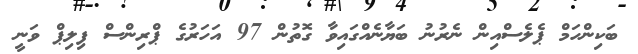
ބަކިންހަމް ޕެލެސްއިން ނެރުނު ބަޔާނެއްގައިވާ ގޮތުން 97 އަހަރުގެ ޕްރިންސް ފިލިޕް ވަނީ